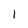
Character: 1